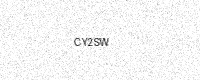
Text: CY2SW